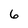
Character: 6